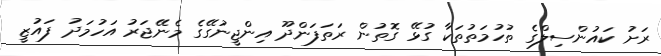
ރަށު ކައުންސިލްގެ ތުހުމަތުތަކާ ގުޅޭ ގޮތުން ރަތަފަންދޫ އިންޖީނުގޭގެ މެނޭޖަރު އަހުމަދު ފައުޒީ